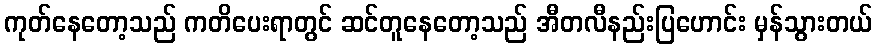
ကုတ်နေတော့သည် ကတိပေးရာတွင် ဆင်တူနေတော့သည် အီတလီနည်းပြဟောင်း မှန်သွားတယ်